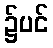
၌ပင်